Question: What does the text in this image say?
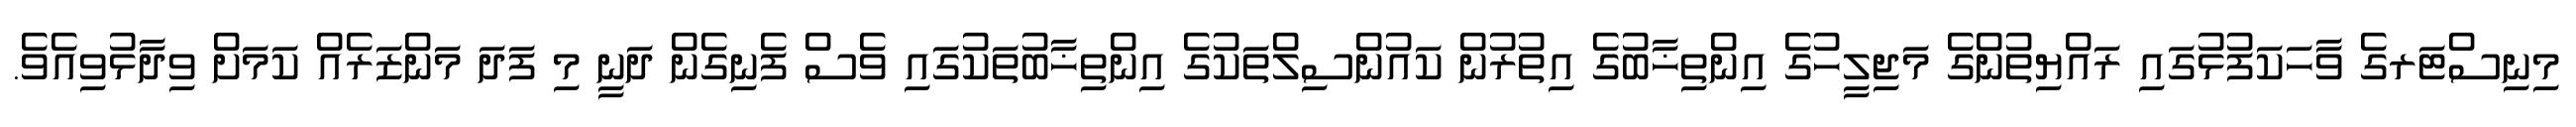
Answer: މިނިސްޓަރގެ ވާހަކަފުޅުގައި ރައްޔިތުންގެ މަޖިލީހުގެ އިންތިޚާބުގެ އިތުރުން ކައުންސިލްތަކުގެ އިންތިޚާބުތަކުގައި ވެސް ފެނިގެން ދަނީ މި ފަދަ މަންޒަރެއް ކަމަށް ވިދާޅުވިއެވެ.